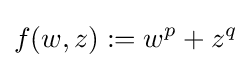
f(w,z):=w^{p}+z^{q}